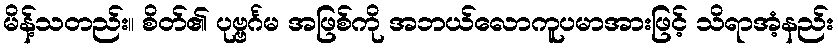
မိန့်သတည်း။ စိတ်၏ ပုဗ္ဗင်္ဂမ အဖြစ်ကို အဘယ်လောကူပမာအားဖြင့် သိရာအံ့နည်း